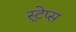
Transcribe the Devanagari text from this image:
स्ट्रेप्स